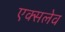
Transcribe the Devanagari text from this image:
एक्सलेव